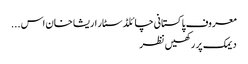
معروف پاکستانی چائلڈ سٹار اریشا خان اس ...
دیمک پر رکھیں نظر